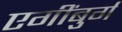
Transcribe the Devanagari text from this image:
एगींबुर्ग